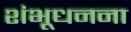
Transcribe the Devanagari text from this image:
शंभूधनना